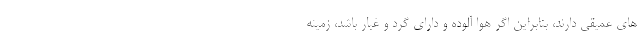
های عمیقی دارند، بنابراین اگر هوا آلوده و دارای گرد و غبار باشد، زمینه